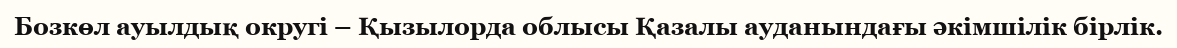
Бозкөл ауылдық округі – Қызылорда облысы Қазалы ауданындағы әкімшілік бірлік.